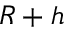
R + h